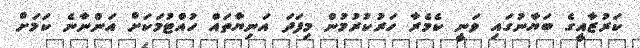
ކަރުޒާއީގެ ބަޔާނުގައި ވަނީ ކެމެރާ ހަރުކުރުމުން މިފަދަ އަނިޔާތައް ހުއްޓުމަކަށް އަންނާނެ ކަމަށް